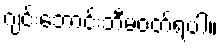
ဂျင်းဘောင်းဘီမဝတ်ရပါ။